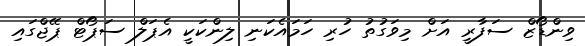
ވިންޑޯޒް ސަފާރީ އަށް މިވަގުތު ހުރި ހަމައެކަނި ލިންކަކީ އެޕަލް ސަޕޯޓް ޕޭޖްގައި